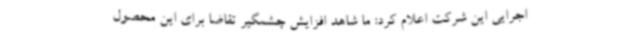
اجرایی این شرکت اعلام کرد: ما شاهد افزایش چشمگیر تقاضا برای این محصول